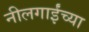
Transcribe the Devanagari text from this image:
नीलगाईंच्या